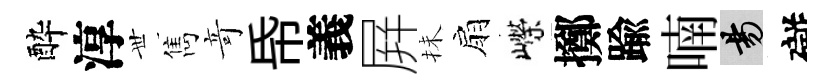
酔淳𠀍雋竒帋義屛抺扇嶸擲踰喃昜礙